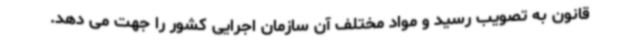
قانون به تصویب رسید و مواد مختلف آن سازمان اجرایی کشور را جهت می دهد.